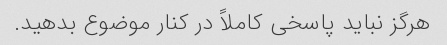
هرگز نباید پاسخی کاملاً در کنار موضوع بدهید.